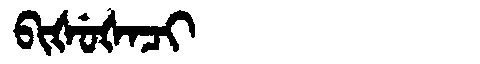
Manchu: ᠪᡳᡧᡠᡧᠠᠴᡳ
Romanization: BIŠUŠACI